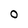
Character: O